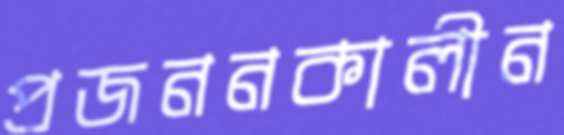
প্রজননকালীন